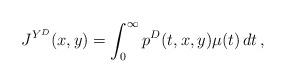
LaTeX: \begin{align*}J^{Y^D}(x,y) =\int_0^{\infty}p^D(t,x,y)\mu(t)\, dt\, ,\end{align*}